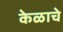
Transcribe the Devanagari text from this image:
केळाचे